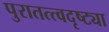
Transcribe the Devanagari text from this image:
पुरातत्त्वदृष्ट्या